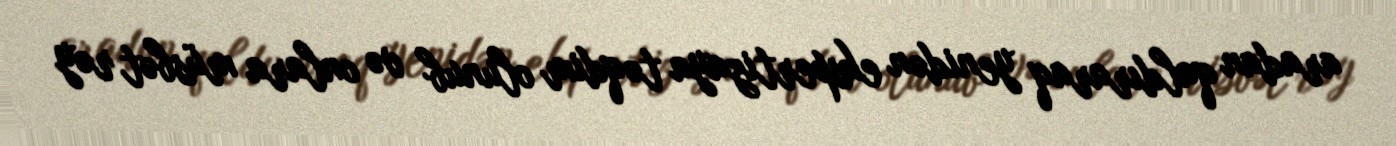
aradan qaldıraraq yenidən ekspertizaya təqdim olunub və onlara müsbət rəy